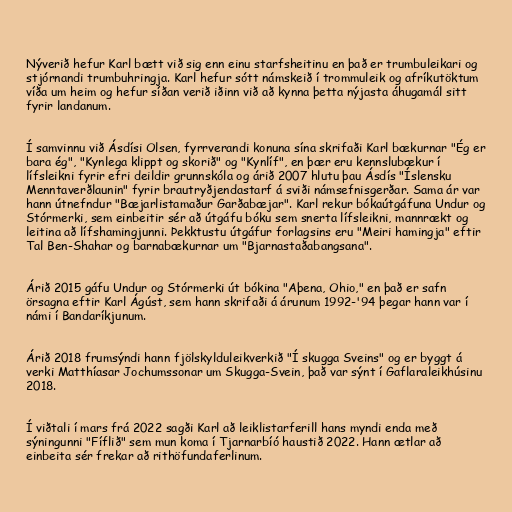
Nýverið hefur Karl bætt við sig enn einu starfsheitinu en það er trumbuleikari og
stjórnandi trumbuhringja. Karl hefur sótt námskeið í trommuleik og afríkutöktum
víða um heim og hefur síðan verið iðinn við að kynna þetta nýjasta áhugamál sitt
fyrir landanum.

Í samvinnu við Ásdísi Olsen, fyrrverandi konuna sína skrifaði Karl bækurnar "Ég er
bara ég", "Kynlega klippt og skorið" og "Kynlíf", en þær eru kennslubækur í
lífsleikni fyrir efri deildir grunnskóla og árið 2007 hlutu þau Ásdís "Íslensku
Menntaverðlaunin" fyrir brautryðjendastarf á sviði námsefnisgerðar. Sama ár var
hann útnefndur "Bæjarlistamaður Garðabæjar". Karl rekur bókaútgáfuna Undur og
Stórmerki, sem einbeitir sér að útgáfu bóku sem snerta lífsleikni, mannrækt og
leitina að lífshamingjunni. Þekktustu útgáfur forlagsins eru "Meiri hamingja" eftir
Tal Ben-Shahar og barnabækurnar um "Bjarnastaðabangsana".

Árið 2015 gáfu Undur og Stórmerki út bókina "Aþena, Ohio," en það er safn
örsagna eftir Karl Ágúst, sem hann skrifaði á árunum 1992-'94 þegar hann var í
námi í Bandaríkjunum.

Árið 2018 frumsýndi hann fjölskylduleikverkið "Í skugga Sveins" og er byggt á
verki Matthíasar Jochumssonar um Skugga-Svein, það var sýnt í Gaflaraleikhúsinu
2018.

Í viðtali í mars frá 2022 sagði Karl að leiklistarferill hans myndi enda með
sýningunni "Fíflið" sem mun koma í Tjarnarbíó haustið 2022. Hann ætlar að
einbeita sér frekar að rithöfundaferlinum.